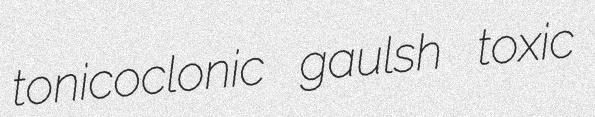
tonicoclonic gaulsh toxic